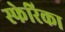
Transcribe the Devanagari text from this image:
स्फेरिका